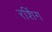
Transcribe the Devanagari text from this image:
रशिंग